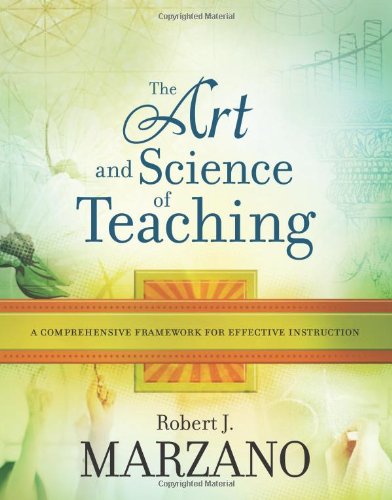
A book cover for The Art and Science of Teaching: A Comprehensive Framework for Effective Instruction (Professional Development); Robert J. Marzano; Reference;